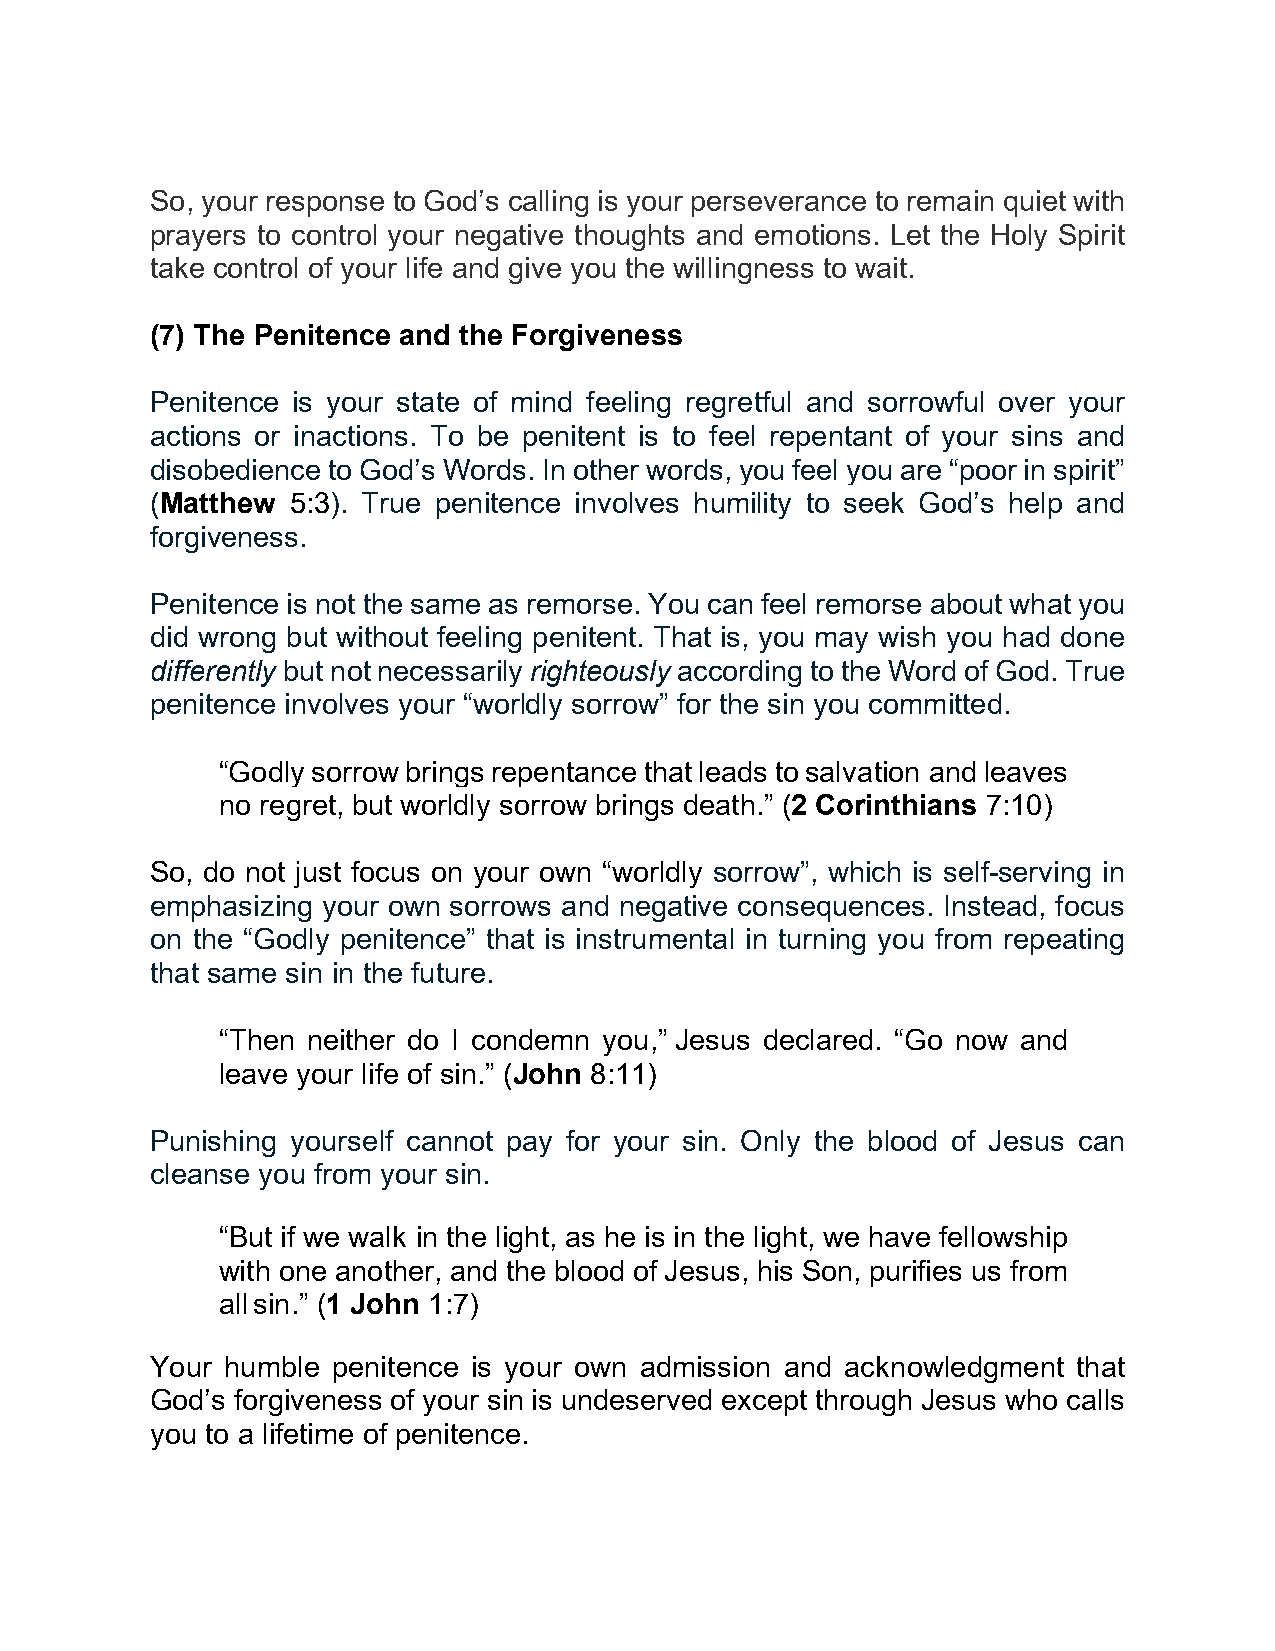
So, your response to God’s calling is your perseverance to remain quiet with
 prayers to control your negative thoughts and emotions. Let the Holy Spirit
 take control of your life and give you the willingness to wait.
 (7) The Penitence and the Forgiveness
 Penitence is your state of mind feeling regretful and sorrowful over your
 actions or inactions. To be penitent is to feel repentant of your sins and
 disobedience to God’s Words. In other words, you feel you are “poor in spirit”
 (Matthew 5:3). True penitence involves humility to seek God’s help and
 forgiveness.
 Penitence is not the same as remorse. You can feel remorse about what you
 did wrong but without feeling penitent. That is, you may wish you had done
 differently but not necessarily righteously according to the Word of God. True
 penitence involves your “worldly sorrow” for the sin you committed.
 “Godly sorrow brings repentance that leads to salvation and leaves
 no regret, but worldly sorrow brings death.” (2 Corinthians 7:10)
 So, do not just focus on your own “worldly sorrow”, which is self-serving in
 emphasizing your own sorrows and negative consequences. Instead, focus
 on the “Godly penitence” that is instrumental in turning you from repeating
 that same sin in the future.
 “Then neither do I condemn you,” Jesus declared. “Go now and
 leave your life of sin.” (John 8:11)
 Punishing yourself cannot pay for your sin. Only the blood of Jesus can
 cleanse you from your sin.
 “But if we walk in the light, as he is in the light, we have fellowship
 with one another, and the blood of Jesus, his Son, purifies us from
 all sin.” (1 John 1:7)
 Your humble penitence is your own admission and acknowledgment that
 God’s forgiveness of your sin is undeserved except through Jesus who calls
 you to a lifetime of penitence.